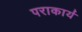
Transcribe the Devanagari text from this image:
पराकार्य